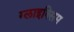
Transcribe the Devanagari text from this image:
ग्लाइक्सिम